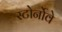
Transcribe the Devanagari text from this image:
स्टोर्नोवे